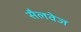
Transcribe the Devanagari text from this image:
सैलवेज